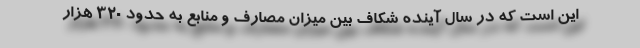
این است که در سال آینده شکاف بین میزان مصارف و منابع به حدود ۳۲۰ هزار